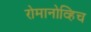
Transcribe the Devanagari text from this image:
रोमानोव्हिच